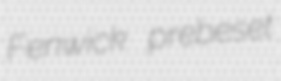
Fenwick prebeset